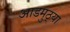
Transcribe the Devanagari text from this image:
आडमुठ्या